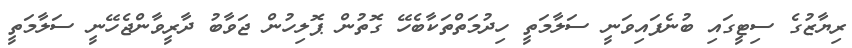
ރިޔާޒުގެ ސިޓީގައި ބުނެފައިވަނީ ސަލާމަތީ ހިދުމަތްތަކާބެހޭ ގޮތުން ޕޮލިހުން ޖަވާބު ދާރީވާންޖެހޭނީ ސަލާމަތީ